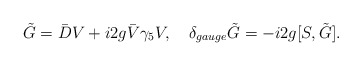
\begin{align*}\tilde{G} =\bar{D}V + i2g \bar{V} \gamma_{5} V ,\quad\delta_{gauge} \tilde{G} = -i2g[S , \tilde{G}] .\end{align*}